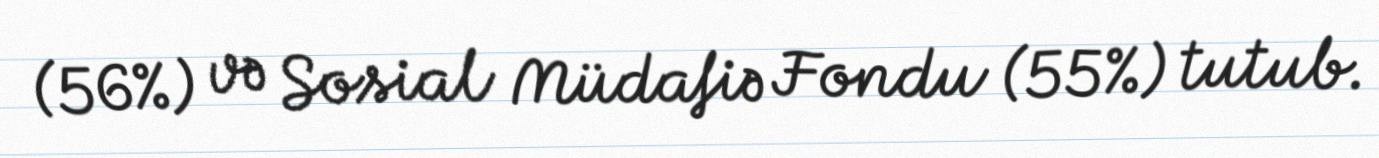
(56%) və Sosial Müdafiə Fondu (55%) tutub.